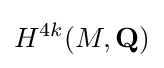
H^{4k}(M,\mathbf {Q} )